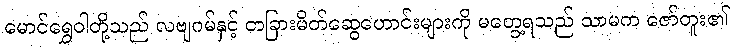
မောင်ရွှေဝါတို့သည် လဗျဂမ်နှင့် တခြားမိတ်ဆွေဟောင်းများကို မတွေ့ရသည် သာမက ဇော်တူး၏